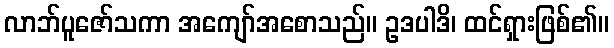
လာဘ်ပူဇော်သကာ အကျော်အစောသည်။ ဥဒပါဒိ၊ ထင်ရှားဖြစ်၏။